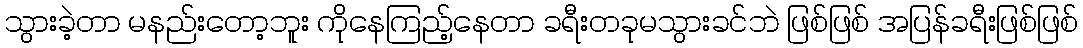
သွားခဲ့တာ မနည်းတော့ဘူး ကိုနေကြည့်နေတာ ခရီးတခုမသွားခင်ဘဲ ဖြစ်ဖြစ် အပြန်ခရီးဖြစ်ဖြစ်